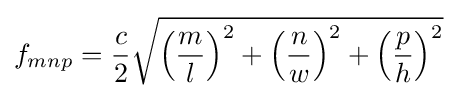
f_{mnp}={\frac {c}{2}}{\sqrt {\left({\frac {m}{l}}\right)^{2}+\left({\frac {n}{w}}\right)^{2}+\left({\frac {p}{h}}\right)^{2}}}